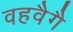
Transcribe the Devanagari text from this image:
वहवैगै